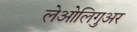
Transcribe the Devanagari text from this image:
लेओलिगुअर